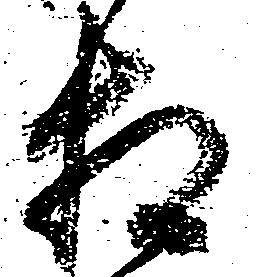
相